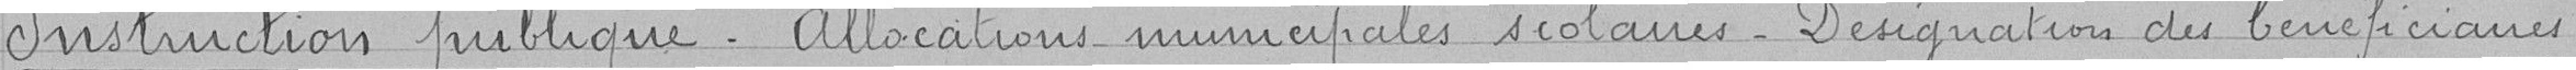
Instruction publique. Allocations municipales scolaires. Désignation du bénéficiaire